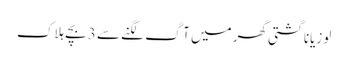
لوزیانا گشتی گھر میں آگ لگنے سے 3بچے ہلاک